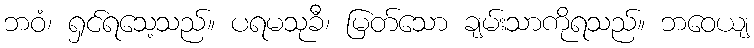
ဘဝံ၊ ရှင်ရသေ့သည်။ ပရမသုခီ၊ မြတ်သော ချမ်းသာကိုရသည်။ ဘဝေယျ